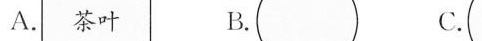
A.茶叶 B. C.